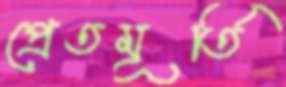
প্রেতমূর্তি